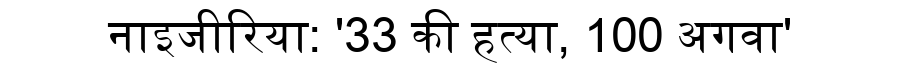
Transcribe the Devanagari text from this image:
नाइजीरिया: '33 की हत्या, 100 अगवा'